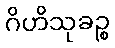
ဂိဟိသုခဉ္စ